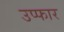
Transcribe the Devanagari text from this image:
उप्फार